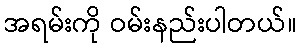
အရမ်းကို ဝမ်းနည်းပါတယ်။